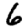
Digit: 6